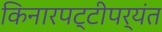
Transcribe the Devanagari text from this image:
किनारपट्टीपर्यंत